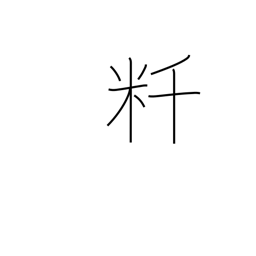
Meaning: kilometer